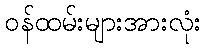
ဝန်ထမ်းများအားလုံး